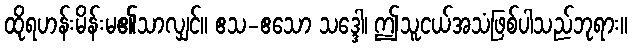
ထိုရဟန်းမိန်းမ၏သာလျှင်။ ဧသ-ဧသော သဒ္ဒေါ၊ ဤသူငယ်အသံဖြစ်ပါသည်ဘုရား။